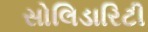
સોલિડારિટી